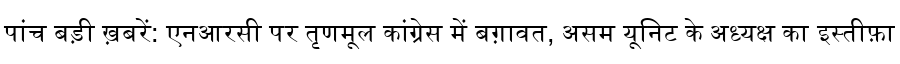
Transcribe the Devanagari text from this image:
पांच बड़ी ख़बरें: एनआरसी पर तृणमूल कांग्रेस में बग़ावत, असम यूनिट के अध्यक्ष का इस्तीफ़ा